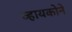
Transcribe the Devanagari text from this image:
व्हायकोने